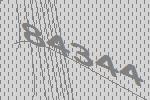
84344